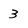
Character: 3